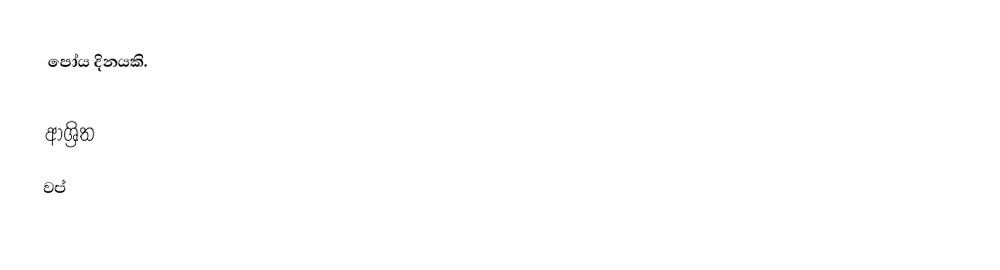
පෝය දිනයකි.

ආශ්‍රිත
 වප්